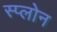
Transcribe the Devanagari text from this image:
स्प्लोन